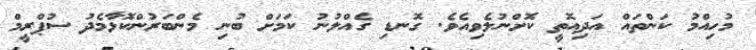
މުހިއްމު ކަންތައް އަދިއޮތީ ކޮށްނުލެވިއެވެ. ގޮނޑި ގެއްލުނު ކަމަށް ބުނި މެންބަރުންކޮޅާމެދު ސުޕްރީމް